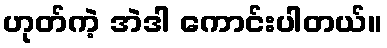
ဟုတ်ကဲ့ အဲဒါ ကောင်းပါတယ်။